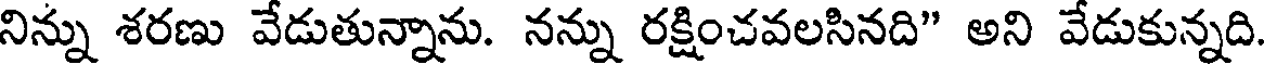
నిన్ను శరణు వేడుతున్నాను. నన్ను రక్షించవలసినది" అని వేడుకున్నది